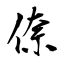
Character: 倷